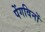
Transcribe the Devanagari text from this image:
पेंगविनों